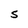
Character: S